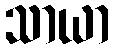
သာယာ